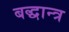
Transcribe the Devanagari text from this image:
बद्धान्त्र